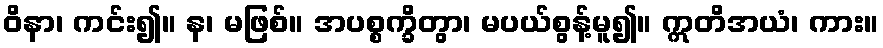
ဝိနာ၊ ကင်း၍။ န၊ မဖြစ်။ အပစ္စက္ခိတွာ၊ မပယ်စွန့်မူ၍။ ဣတိအယံ၊ ကား။